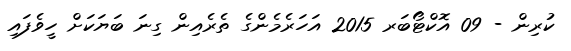
ކުރިން - 09 އޮކްޓޯބަރ 2015 އަހަރެމެންގެ ތެރެއިން ގިނަ ބަޔަކަށް ހީވެފައި